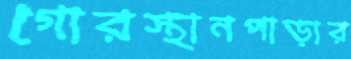
গোরস্থানপাড়ার